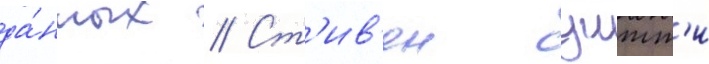
да́нных // Ст'ив'ен уитт'и